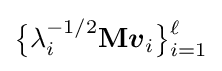
{\bigl \{}\lambda _{i}^{-1/2}\mathbf {M} {\boldsymbol {v}}_{i}{\bigr \}}{\vphantom {|}}_{i=1}^{\ell }